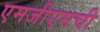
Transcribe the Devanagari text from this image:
एमजीएमची